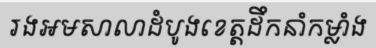
រងអមសាលាដំបូងខេត្តដឹកនាំកម្លាំង